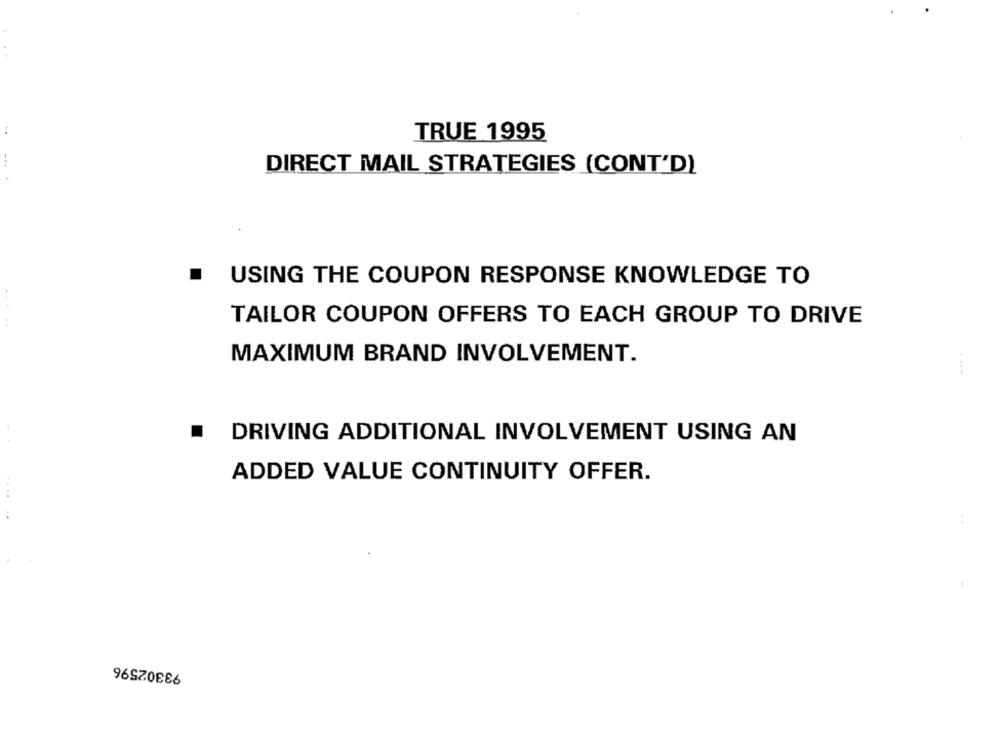
TRUE 1995
DIRECT MAIL STRATEGIES (CONT'D)
USING THE COUPON RESPONSE KNOWLEDGE TO
TAILOR COUPON OFFERS TO EACH GROUP TO DRIVE
MAXIMUM BRAND INVOLVEMENT.
.
DRIVING ADDITIONAL INVOLVEMENT USING AN
ADDED VALUE CONTINUITY OFFER.
93302596